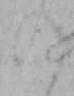
の